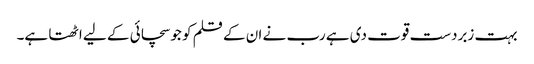
بہت زبردست قوت دی ہے رب نے ان کے قلم کو جو سچائی کے لیے اٹھتا ہے۔